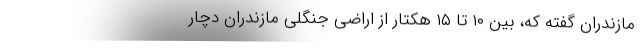
مازندران گفته که، بین ۱۰ تا ۱۵ هکتار از اراضی جنگلی مازندران دچار